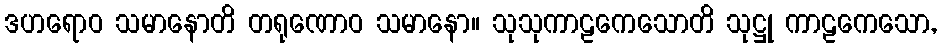
ဒဟရောဝ သမာနောတိ တရုဏောဝ သမာနော။ သုသုကာဠကေသောတိ သုဋ္ဌု ကာဠကေသော,